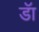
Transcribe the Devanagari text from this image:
डॅा